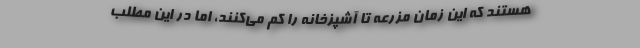
هستند که این زمان مزرعه تا آشپزخانه را کم می‌کنند، اما در این مطلب